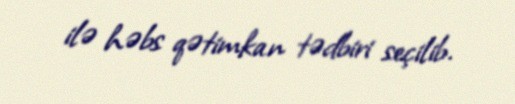
ilə həbs qətimkan tədbiri seçilib.